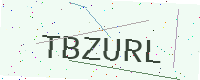
Text: TBZURL